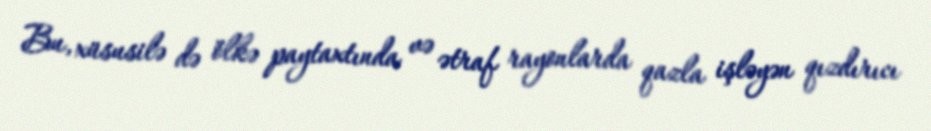
Bu, xüsusilə də ölkə paytaxtında və ətraf rayonlarda qazla işləyən qızdırıcı